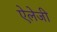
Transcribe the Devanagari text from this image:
ऐलेजी